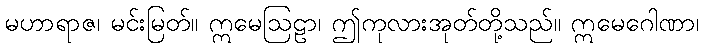
မဟာရာဇ၊ မင်းမြတ်။ ဣမေဩဠာ၊ ဤကုလားအုတ်တို့သည်။ ဣမေဂေါဏာ၊